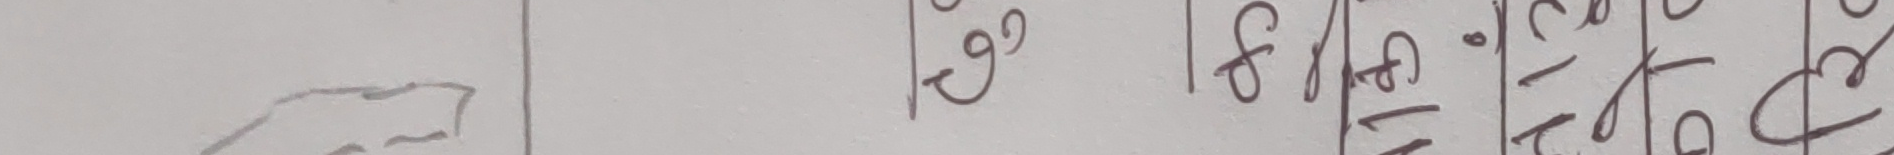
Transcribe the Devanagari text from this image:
१९।८१ १६/१७।२०१८